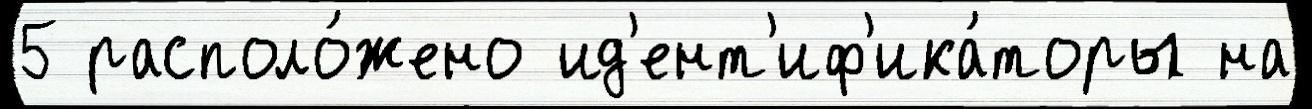
5 располо́жено ид'ент'иф'ика́торы на